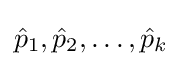
{\hat {p}}_{1},{\hat {p}}_{2},\dots ,{\hat {p}}_{k}